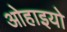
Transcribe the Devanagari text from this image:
ओहाइयो